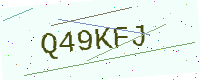
Text: Q49KFJ